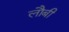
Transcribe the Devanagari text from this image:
लौबी